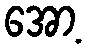
အော့